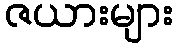
ဇယားများ